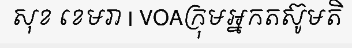
សុខ ខេមរា | VOAក្រុមអ្នកតស៊ូមតិ